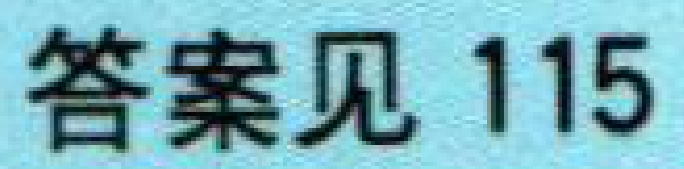
答案见 115